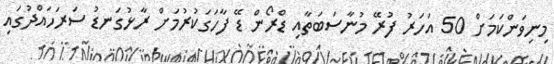
މިނިވަންކަމަށް 50 އަހަރު ފުރޭ މުނާސަބަތާއި ޑްރޯން ޑޭ ފާހަގަކުރުމަށް ރާޅުގަނޑު ސަރަހައްދުގައި